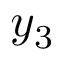
y _ { 3 }